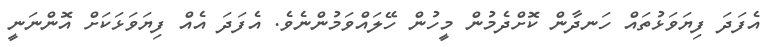
އެފަދަ ފިޔަވަޅުތައް ހަނދާން ކޮށްދެމުން މީހުން ހޭލައްވަމުންނެވެ. އެފަދަ އެއް ފިޔަވަޅަކަށް އޮންނަނީ